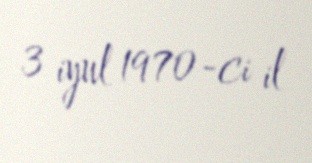
3 iyul 1970-ci il